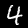
Digit: 4